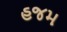
હજમ